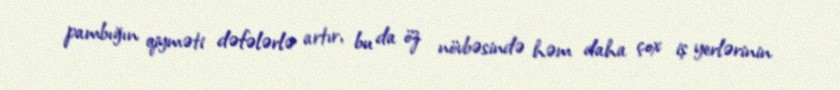
pambığın qiyməti dəfələrlə artır, bu da öz növbəsində həm daha çox iş yerlərinin